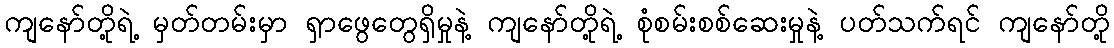
ကျနော်တို့ရဲ့ မှတ်တမ်းမှာ ရှာဖွေတွေရှိမှုနဲ့ ကျနော်တို့ရဲ့ စုံစမ်းစစ်ဆေးမှုနဲ့ ပတ်သက်ရင် ကျနော်တို့